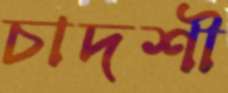
চাদশী